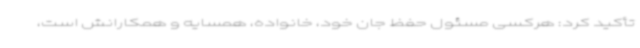
تأکید کرد: هرکسی مسئول حفظ جان خود، خانواده، همسایه و همکارانش است،